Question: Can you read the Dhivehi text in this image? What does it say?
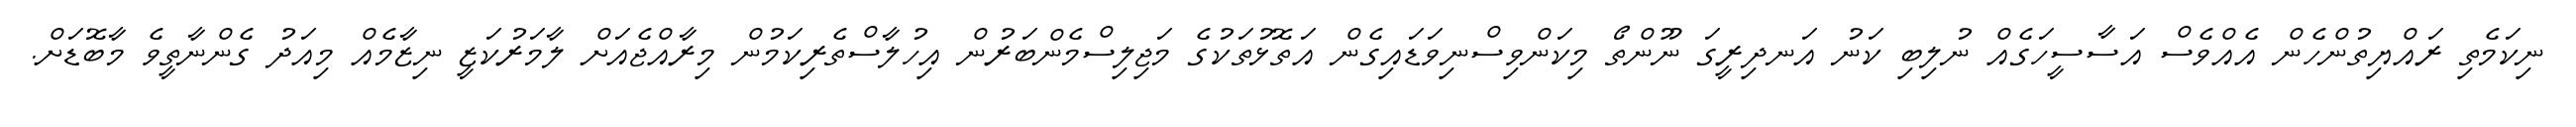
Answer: ނިކަމެތި ރައްޔިތުންހެން އެއްވެސް އަސާސީހަގެއް ނުލިބި ކަނު އަނދިރީގަ ނޫންތޯ މިކަންވިސްނިވަޑައިގެން އަތޮޅުތަކުގެ މަޖިލިސްމެންބަރުން އިހުލާސްތެރިކަމުން މިރާއްޖެއަށް ލާމަރުކަޒީ ނިޒާމެއް މިއަދު ގެންނާތީވެ މާބޮޑަށް.